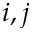
i , j